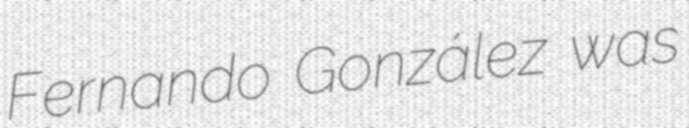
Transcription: Fernando González was